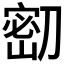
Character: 𭄌